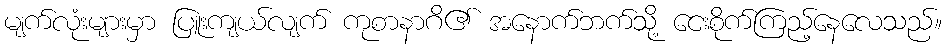
မျက်လုံးများမှာ ပြူးကျယ်လျက် ကုစာနာဂိ၏ အနောက်ဘက်သို့ ငေးစိုက်ကြည့်နေလေသည်။